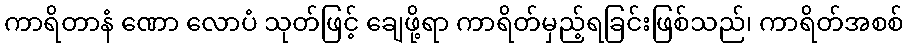
ကာရိတာနံ ဏော လောပံ သုတ်ဖြင့် ချေဖို့ရာ ကာရိတ်မှည့်ရခြင်းဖြစ်သည်၊ ကာရိတ်အစစ်